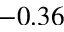
- 0 . 3 6